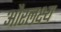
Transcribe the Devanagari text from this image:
औरलक्ष्य